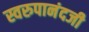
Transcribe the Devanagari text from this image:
स्वरुपानंदजी